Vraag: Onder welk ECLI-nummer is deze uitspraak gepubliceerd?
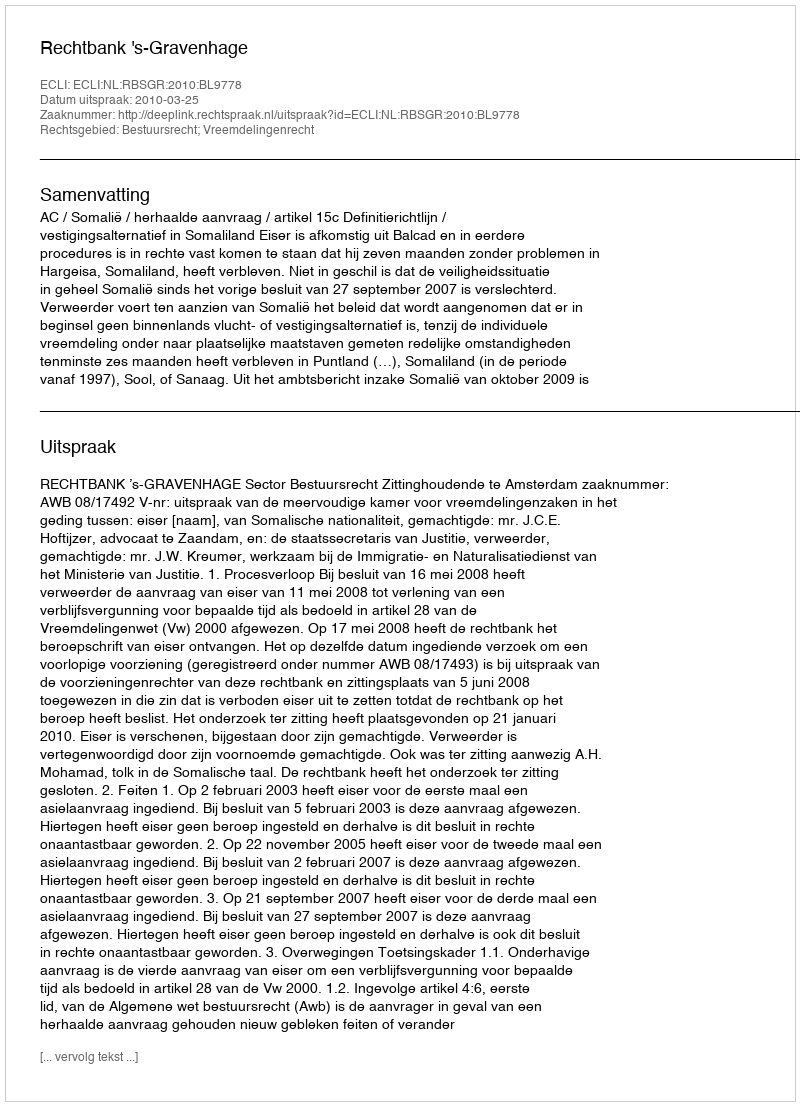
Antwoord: ECLI:NL:RBSGR:2010:BL9778